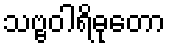
သဗ္ဗဝါရိဓုတော